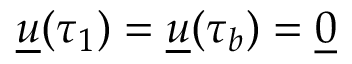
\underline { { u } } ( \tau _ { 1 } ) = \underline { { u } } ( \tau _ { b } ) = \underline { { 0 } }